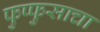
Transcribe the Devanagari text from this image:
फुप्फुसाचा